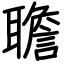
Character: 聸